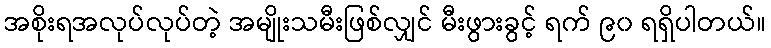
အစိုးရအလုပ်လုပ်တဲ့ အမျိုးသမီးဖြစ်လျှင် မီးဖွားခွင့် ရက် ၉၀ ရရှိပါတယ်။